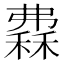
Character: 𥡀